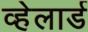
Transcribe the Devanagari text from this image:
व्हेलार्ड